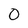
Character: 0